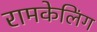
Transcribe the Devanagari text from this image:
रामकेलिंग